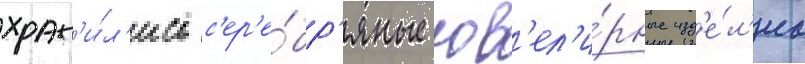
хран'и́л'ись с'ер'е́бр'яные юв'ел'и́рные изд'е́л'иа